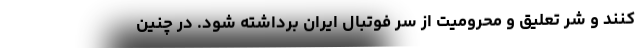
کنند و شر تعلیق و محرومیت از سر فوتبال ایران برداشته شود. در چنین